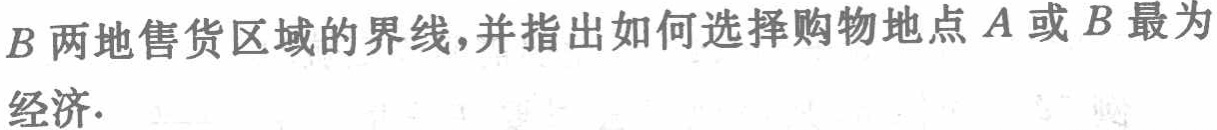
$B$两地售货区域的界线,并指出如何选择购物地点$A$或$B$最为

经济.